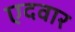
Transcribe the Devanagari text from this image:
एदवार